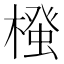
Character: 𭫷